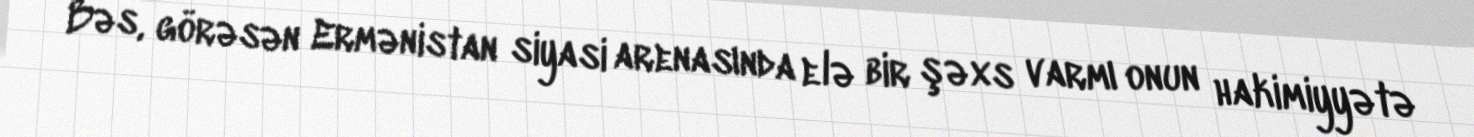
Bəs, görəsən Ermənistan siyasi arenasında elə bir şəxs varmı onun hakimiyyətə